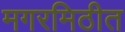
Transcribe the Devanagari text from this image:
मगरमिठीत